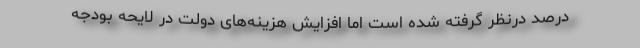
درصد درنظر گرفته شده است اما افزایش هزینه‌های دولت در لایحه بودجه